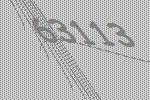
63113